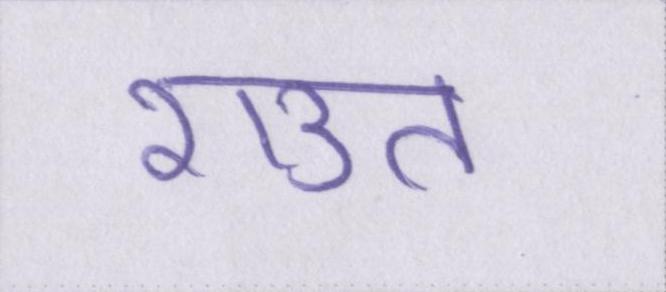
राउत